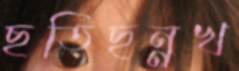
ছতিছন্নখ